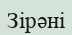
Зірәні